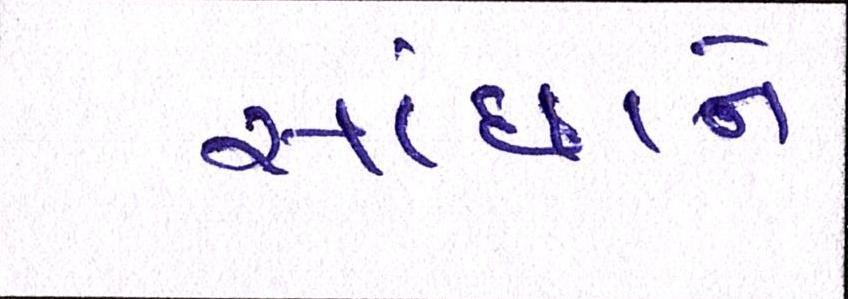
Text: સાંધાને